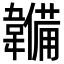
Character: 𮧳